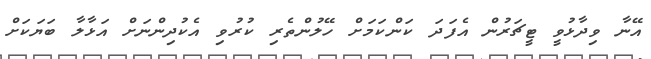
އޭނާ ވިދާޅުވީ ޓީޗަރުން އެފަދަ ކަންކަމަށް ހޭލުންތެރި ކުރުވި އެކުދިންނަށް އަޅާލާ ބަޔަކަށް